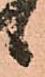
候